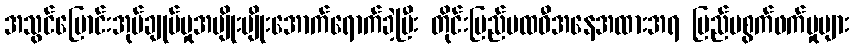
အသွင်ပြောင်းအုပ်ချုပ်မှုအမျိုးမျိုးအောက်ရောက်ခဲ့ပြီး တိုင်းပြည်ပထဝီအနေအထားအရ ပြည်ပစွက်ဖက်မှုများ